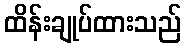
ထိန်းချုပ်ထားသည်